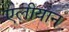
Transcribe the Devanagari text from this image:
एलीयान